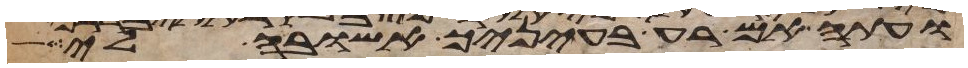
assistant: ועתה אם רעה בעיניך אשובה לי